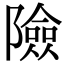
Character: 險